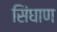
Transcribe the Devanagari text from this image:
सिंघाण